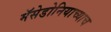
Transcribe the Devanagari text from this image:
मॅसेडोनियाच्याच